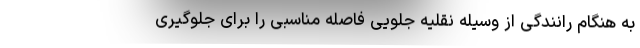
به هنگام رانندگی از وسیله نقلیه جلویی فاصله مناسبی را برای جلوگیری